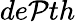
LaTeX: de\mathcal{P}th